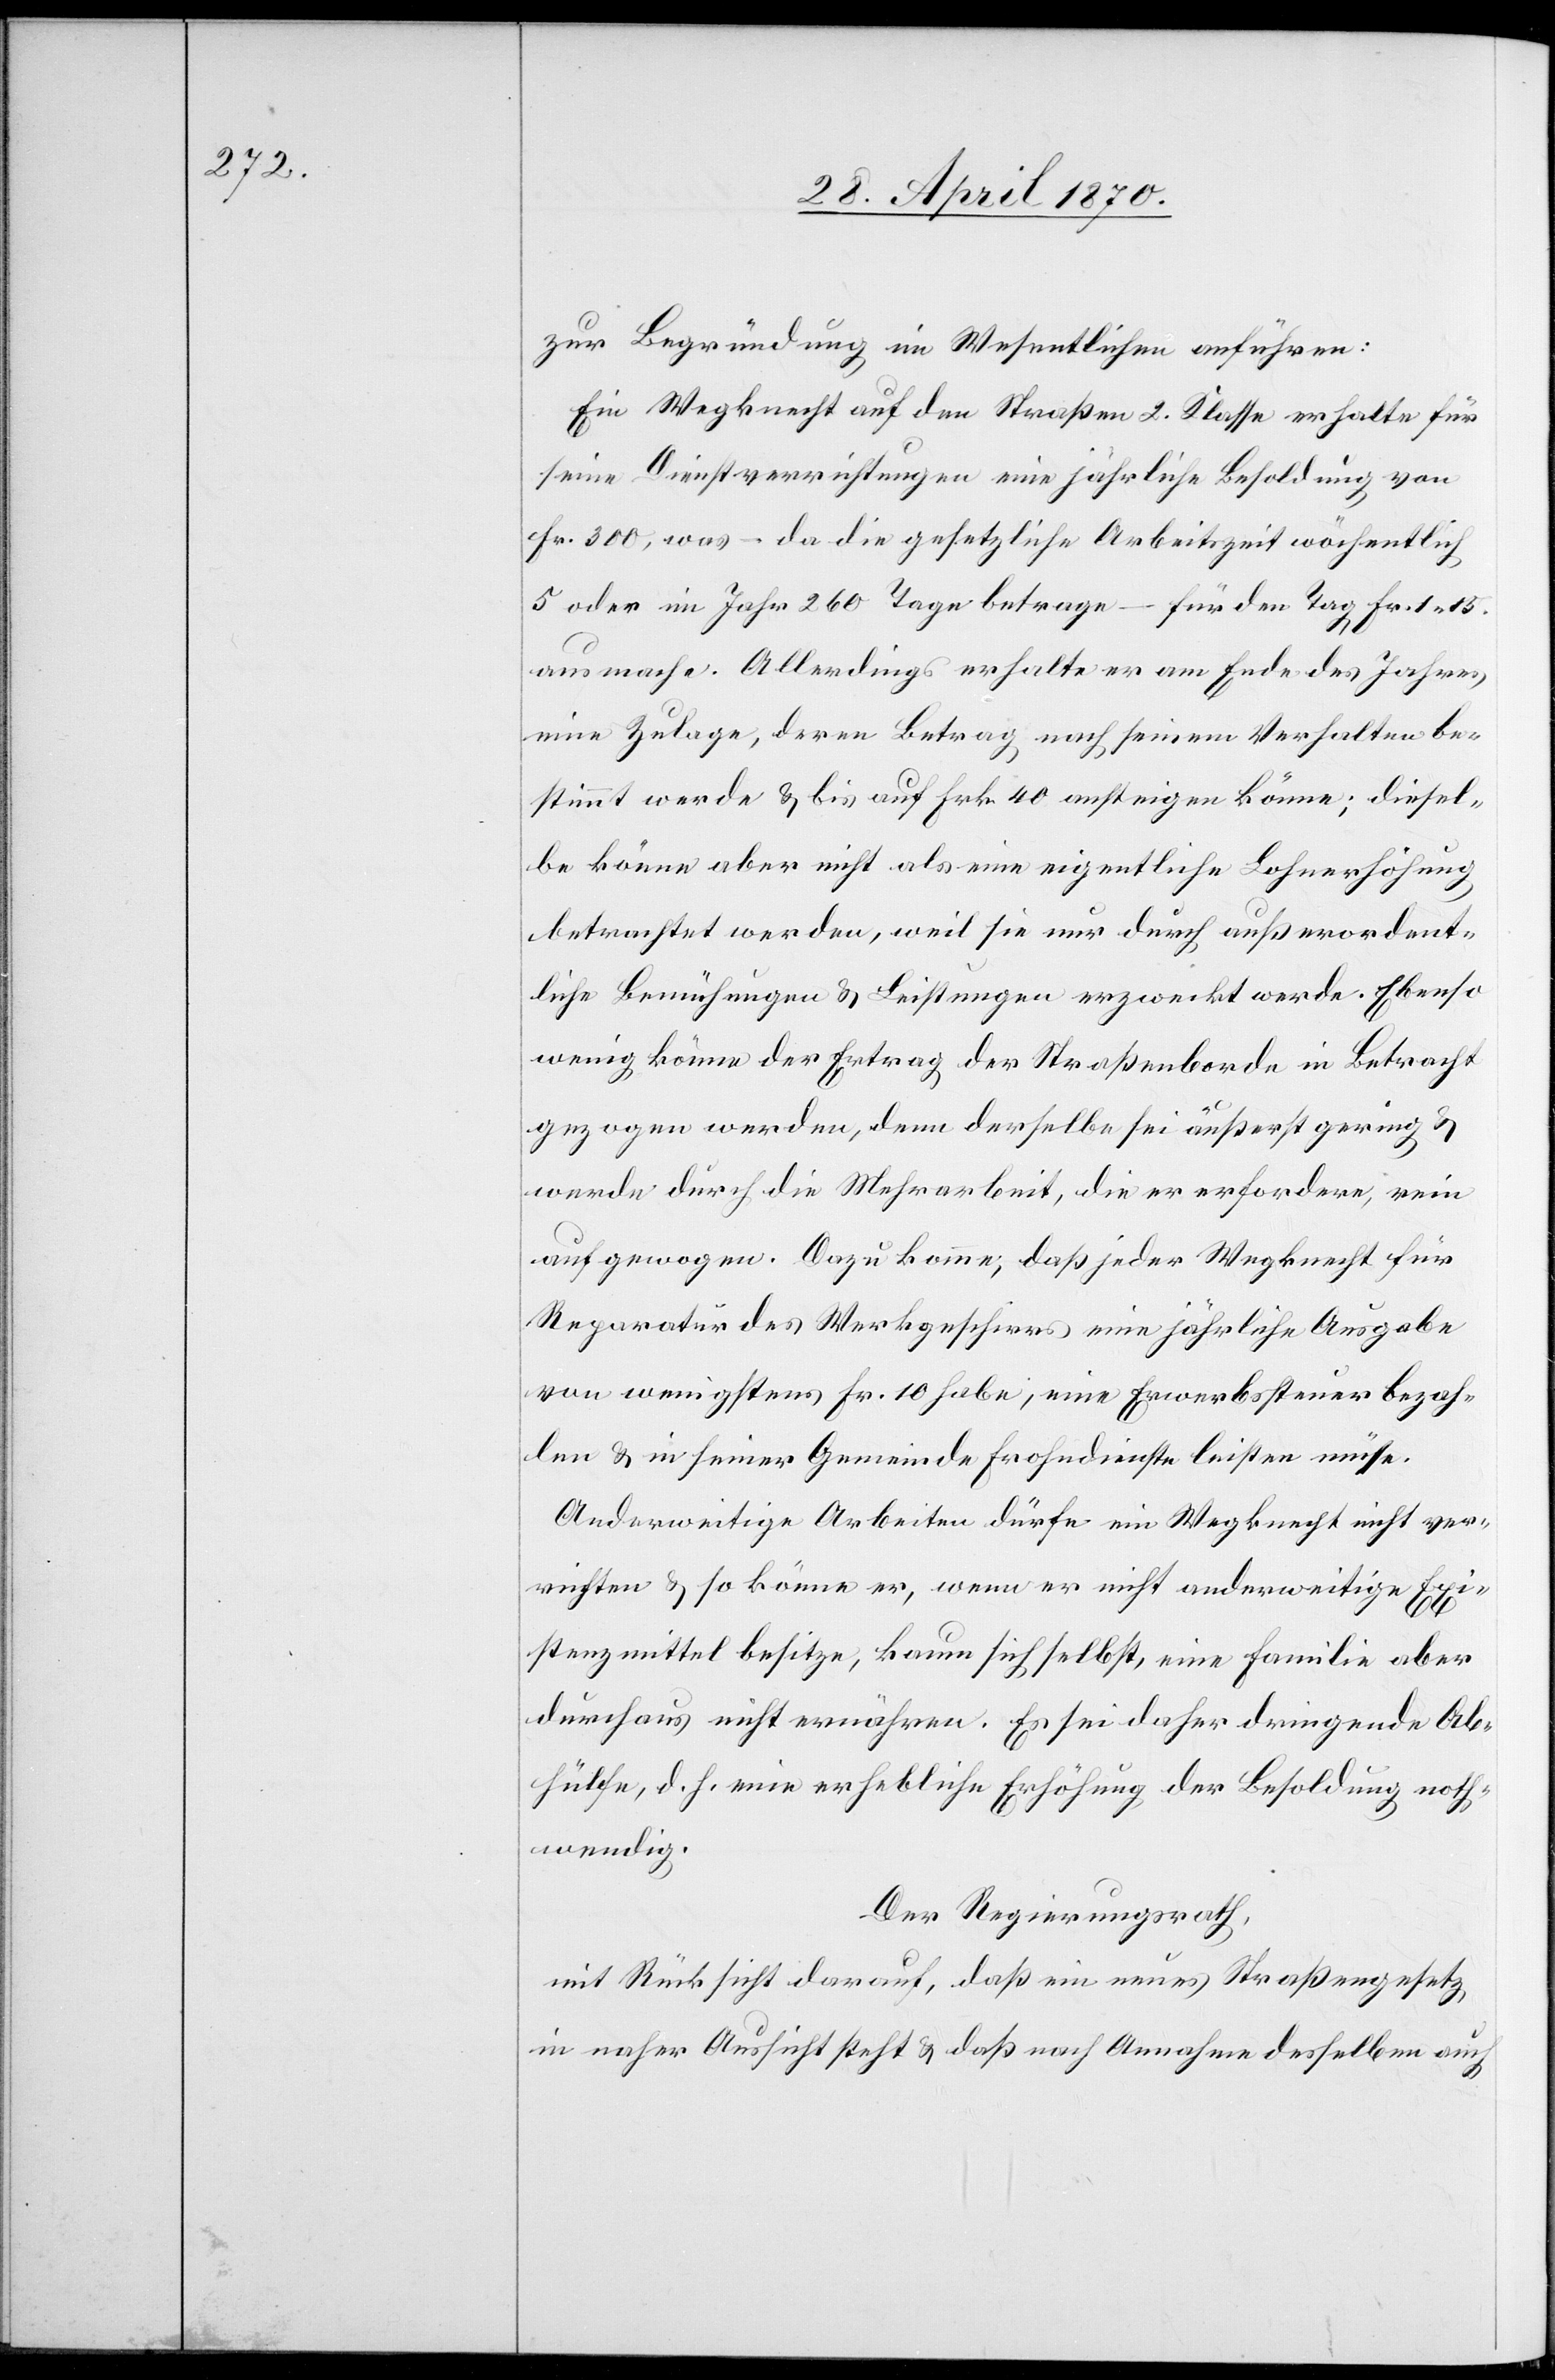
zur Begründung im Wesentlichen anführen:
Ein Wegknecht auf den Straßen 2. Klasse erhalte für
seine Dienstverrichtungen eine jährliche Besoldung von
Fr. 300, was – da die gesetzliche Arbeitszeit wöchentlich
5 oder im Jahr 260 Tage betrage – für den Tag Fr. 1.15
ausmache. Allerdings erhalte er am Ende des Jahres
eine Zulage, deren Betrag nach seinem Verhalten be¬
stimmt werde & bis auf Frk. 40 ansteigen könne; diesel¬
be könne aber nicht als eine eigentliche Lohnerhöhung
betrachtet werden, weil sie nur durch außerordent¬
liche Bemühungen & Leistungen erzweckt werde. Ebenso
wenig könne der Ertrag der Straßenborde in Betracht
gezogen werden, denn derselbe sei äußerst gering &
werde durch die Mehrarbeit, die er erfordere, rein
aufgewogen. Dazu komme, daß jeder Wegknecht für
Reparatur des Werkgeschirrs eine jährliche Ausgabe
von wenigstens Fr. 10 habe, eine Erwerbssteuer bezah¬
len & in seiner Gemeinde Frohndienste leisten müsse.
Anderweitige Arbeiten dürfe ein Wegknecht nicht ver¬
richten & so könne er, wenn er nicht anderweitige Exi¬
stenzmittel besitze, kaum sich selbst, eine Familie aber
durchaus nicht ernähren. Es sei daher dringende Ab¬
hülfe, d. h. eine erhebliche Erhöhung der Besoldung noth¬
wendig.
Der Regierungsrath,
in Rücksicht darauf, daß ein neues Straßengesetz
in naher Aussicht steht & daß nach Annahme desselben auch